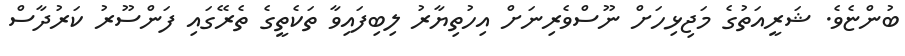
ބުންޏެވެ. ޝަރީއަތުގެ މަޖިޅިހަށް ނޫސްވެރިނަށް އިހުތިޔާރު ލިބިފައިވާ ތަކެތީގެ ތެރޭގައި ފަންސޫރު ކަރުދާސް